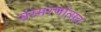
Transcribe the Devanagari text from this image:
संस्मरणोत्सव